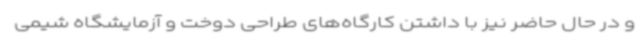
و در حال حاضر نیز با داشتن کارگاه‌های طراحی دوخت و آزمایشگاه شیمی